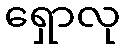
ရှောလု